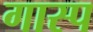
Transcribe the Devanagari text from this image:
गास्प